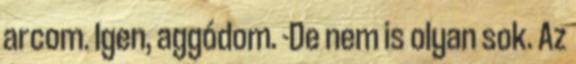
arcom. Igen, aggódom. -De nem is olyan sok. Az